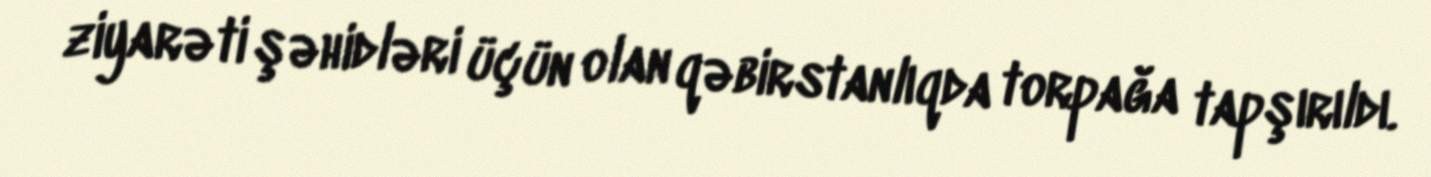
ziyarəti şəhidləri üçün olan qəbirstanlıqda torpağa tapşırıldı.